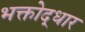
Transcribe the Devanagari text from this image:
भक्तोद्धार